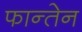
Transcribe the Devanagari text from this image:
फान्तेन